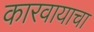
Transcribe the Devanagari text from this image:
कारवायाचा